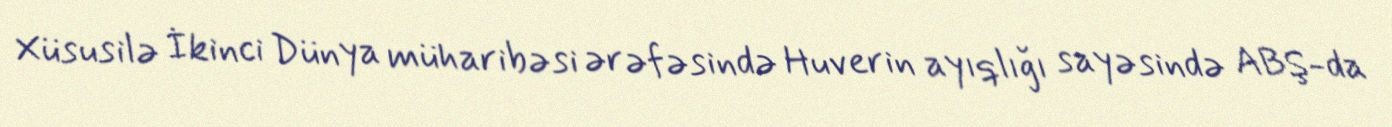
Xüsusilə İkinci Dünya müharibəsi ərəfəsində Huverin ayıqlığı sayəsində ABŞ-da